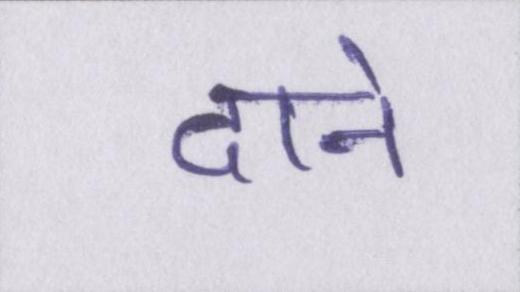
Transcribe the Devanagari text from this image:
दाने